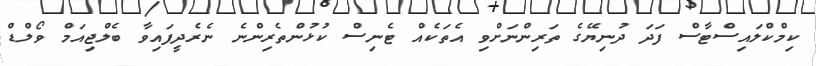
ކިމްކްލައިސްޓާސް ފަދަ ދުނިޔޭގެ ތަރިންނަށްވި އެތަކެއް ޓެެނިސް ކުޅުންތެރިންނެ ނެރެދީފައިވާ ބެލްޖިއަމް ވޯލްޑް